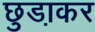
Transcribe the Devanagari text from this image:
छुडा़कर